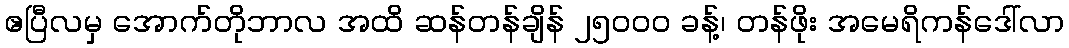
ဧပြီလမှ အောက်တိုဘာလ အထိ ဆန်တန်ချိန် ၂၅၀၀၀ ခန့်၊ တန်ဖိုး အမေရိကန်ဒေါ်လာ